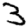
Digit: 3